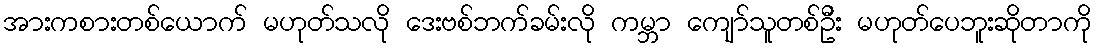
အားကစားတစ်ယောက် မဟုတ်သလို ဒေးဗစ်ဘက်ခမ်းလို ကမ္ဘာ ကျော်သူတစ်ဦး မဟုတ်ပေဘူးဆိုတာကို